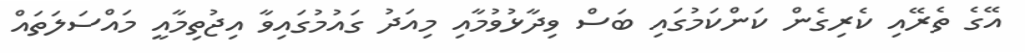
އޭގެ ތެރޭއި ކެރިގެން ކަންކަމުގައި ބަސް ވިދާޅުވުމާއި މިއަދު ގައުމުގައިވާ އިޖުތިމާއީ މައްސަލަތައް